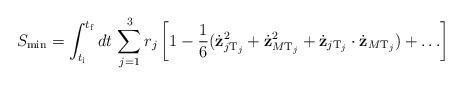
LaTeX: \begin{align*}S_{\min}= \int_{t_{\rm i}}^{t_{\rm f}} dt \, \sum_{j=1}^{3} r_j \left[ 1-\frac{1}{6} (\dot{{\bf z}}_{j{\rm T}_j}^2+ \dot{{\bf z}}_{M {\rm T}_j}^2 + \dot{{\bf z}}_{j{\rm T}_j} \cdot \dot{{\bf z}}_{M {\rm T}_j})+ \ldots \right]\end{align*}